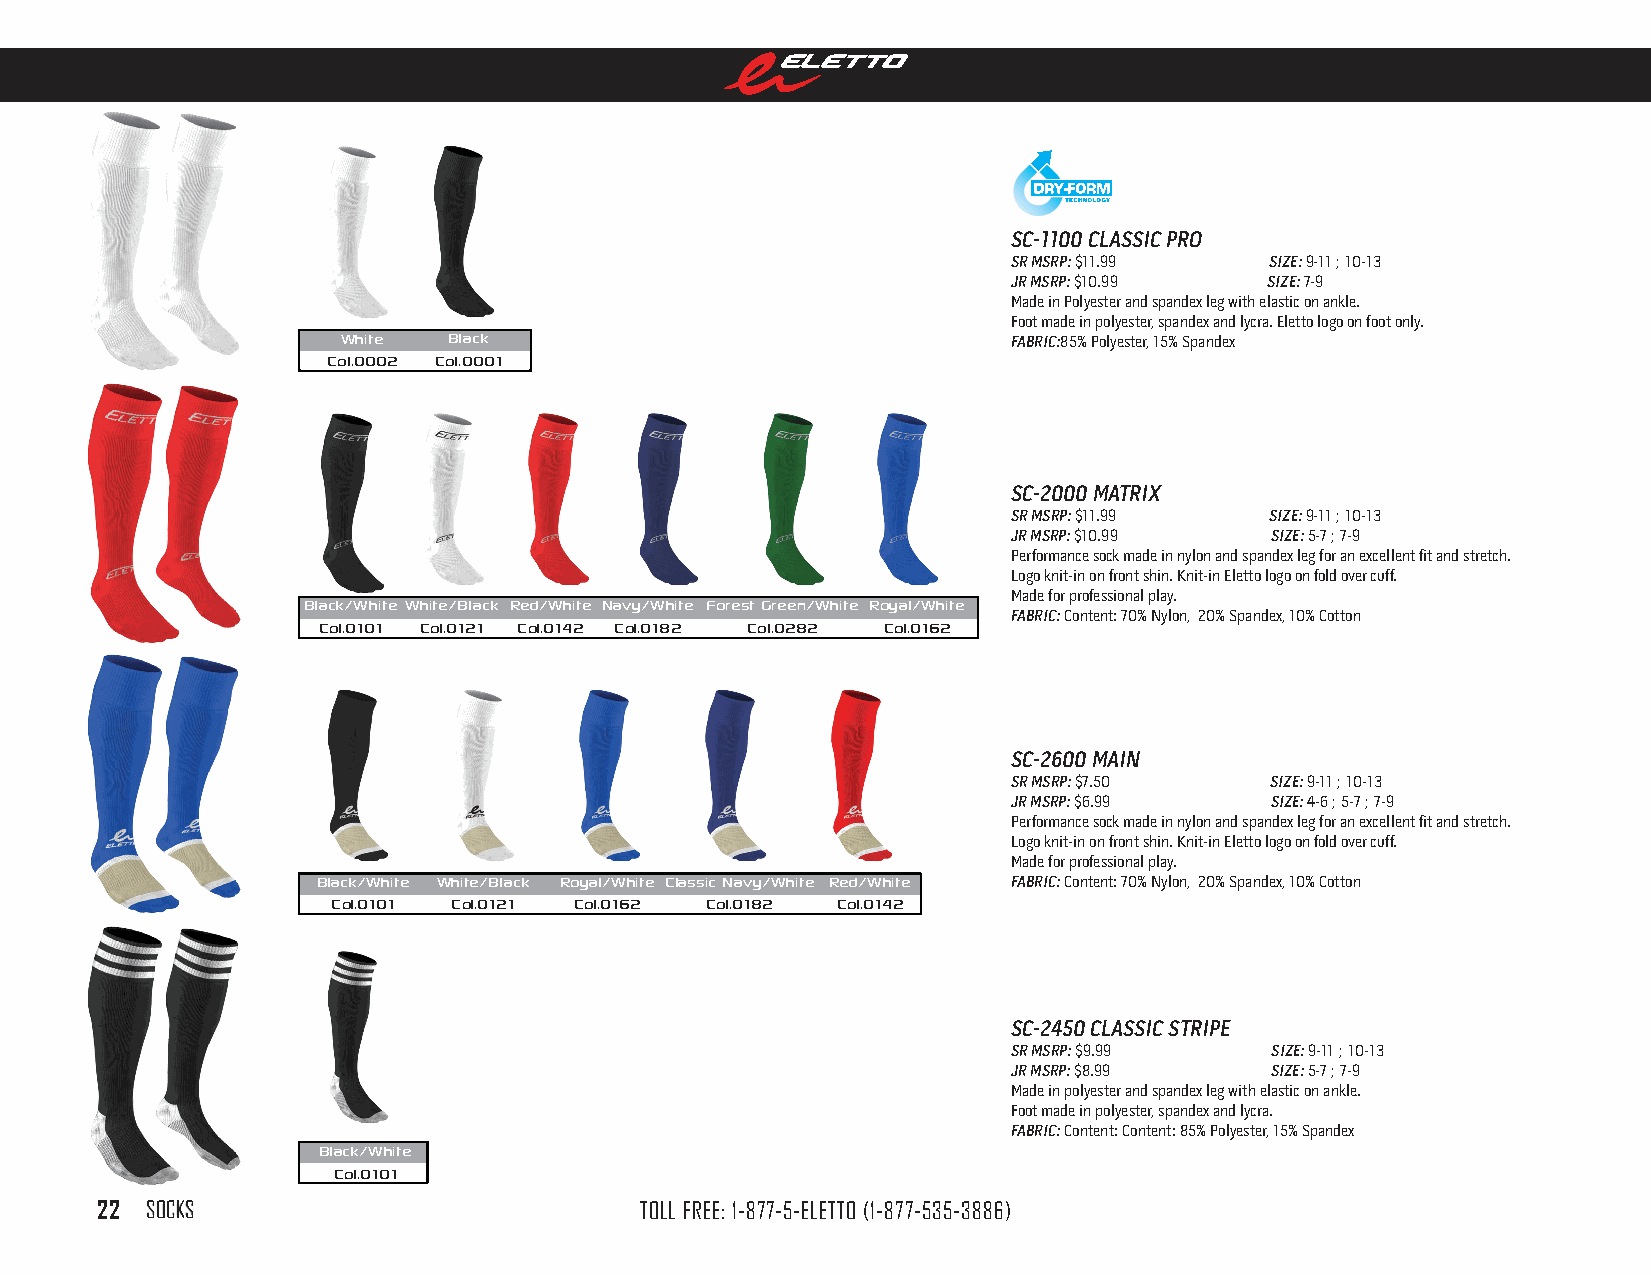
sc-1100 clAssic Pro
 sr msrP: $11.99  size: 9-11 ; 10-13
 Jr msrP: $10.99  size: 7-9
 Made in Polyester and spandex leg with elastic on ankle.
 Foot made in polyester, spandex and lycra. Eletto logo on foot only.
 White  Black                                FABric:85% Polyester, 15% Spandex
 col.0002 col.0001
 sc-2000 mATriX
 sr msrP: $11.99  size: 9-11 ; 10-13
 Jr msrP: $10.99  size: 5-7 ; 7-9
 Performance sock made in nylon and spandex leg for an excellent fit and stretch.
 Logo knit-in on front shin. Knit-in Eletto logo on fold over cuff.
 Made for professional play.
 Black/White White/Black red/White Navy/White Forest Green/White royal/White
 FABric: Content: 70% Nylon, 20% Spandex, 10% Cotton
 col.0101 col.0121 col.0142 col.0182 col.0282 col.0162
 sc-2600 mAin
 sr msrP: $7.50   size: 9-11 ; 10-13
 Jr msrP: $6.99   size: 4-6 ; 5-7 ; 7-9
 Performance sock made in nylon and spandex leg for an excellent fit and stretch.
 Logo knit-in on front shin. Knit-in Eletto logo on fold over cuff.
 Made for professional play.
 Black/White White/Black royal/White classic Navy/White red/White FABric: Content: 70% Nylon, 20% Spandex, 10% Cotton
 col.0101 col.0121 col.0162 col.0182 col.0142
 sc-2450 clAssic sTriPe
 sr msrP: $9.99   size: 9-11 ; 10-13
 Jr msrP: $8.99   size: 5-7 ; 7-9
 Made in polyester and spandex leg with elastic on ankle.
 Foot made in polyester, spandex and lycra.
 FABric: Content: Content: 85% Polyester, 15% Spandex
 Black/White
 col.0101
 22  SOCKS                           TOLL FREE: 1-877-5-ELETTO (1-877-535-3886)